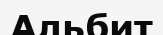
Альбит